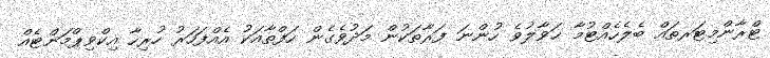
ޓްރާންމިޓަރތައް ބެލެހެއްޓުމާ ޙަވާލުވެ ހުންނަ ފަރާތަކުން މަދުވެގެން ހަފްތާއަކު އެއްފަހަރު ހުރިހާ އިކްވިޕްމަންޓެއް